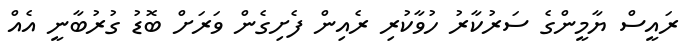
ރައީސް ޔާމީންގެ ސަރުކާރު ހުވާކުރި ރެއިން ފެށިގެން ވަރަށް ބޮޑު ގުރުބާނީ އެއް